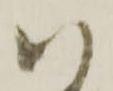
以